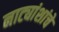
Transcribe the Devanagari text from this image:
नाट्यांशांचे